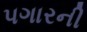
પગારની